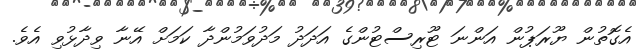
އެގޮތުން ޔޫރަޕުން އަންނަ ޓޫރިސްޓުންގެ އަދަދު މަދުވަމުންދާ ކަމަށް އޭނާ ވިދާޅުވި އެވެ.